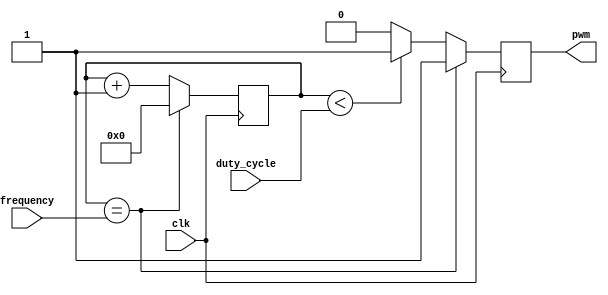
module timing_control (
    input wire clk,
    input wire [7:0] duty_cycle,
    input wire [15:0] frequency,
    output reg pwm
);

reg [15:0] count;

always @(posedge clk) begin
    if (count == frequency) begin
        count <= 0;
        pwm <= 1;
    end else begin
        if (count < duty_cycle) begin
            pwm <= 1;
        end else begin
            pwm <= 0;
        end
        count <= count + 1;
    end
end

endmodule